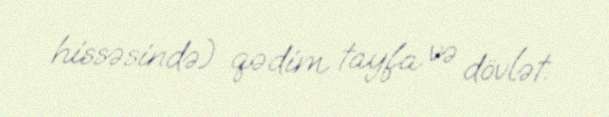
hissəsində) qədim tayfa və dövlət.